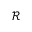
\mathcal { R }